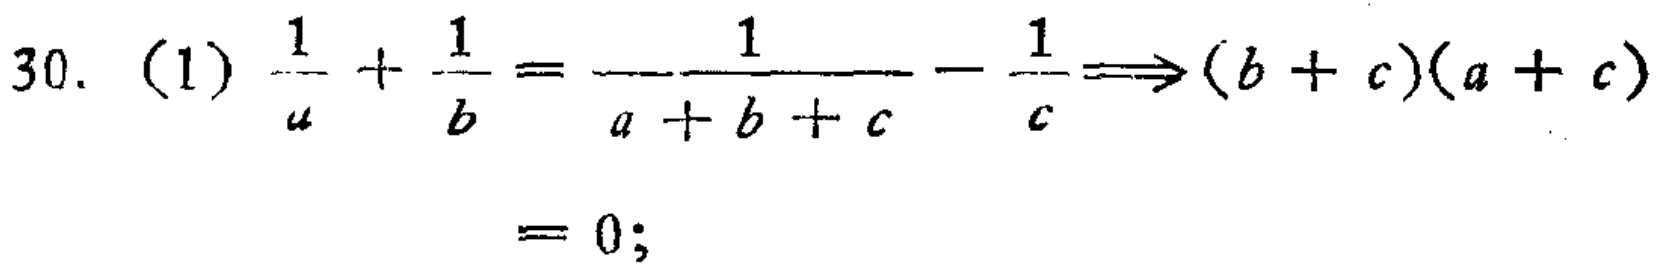
\[30.\ (1)\ \frac{1}{a}+\frac{1}{b}=\frac{1}{a + b + c}-\frac{1}{c}\Rightarrow(b + c)(a + c)=0;\]